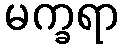
မက္ခရာ